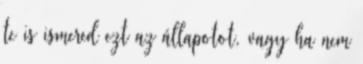
te is ismered ezt az állapotot, vagy ha nem